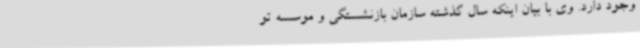
وجود دارد. وی با بیان اینکه سال گذشته سازمان بازنشستگی و موسسه تو